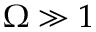
\Omega \gg 1